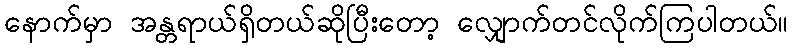
နောက်မှာ အန္တရာယ်ရှိတယ်ဆိုပြီးတော့ လျှောက်တင်လိုက်ကြပါတယ်။